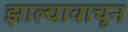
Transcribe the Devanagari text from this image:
झाल्यावाचून